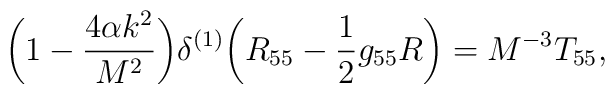
\bigg(1-\frac{4\alpha k^2}{M^2}\bigg)\delta^{(1)}\bigg(R_{55}-\frac{1}{2}g_{55}R\bigg)=M^{-3}T_{55},